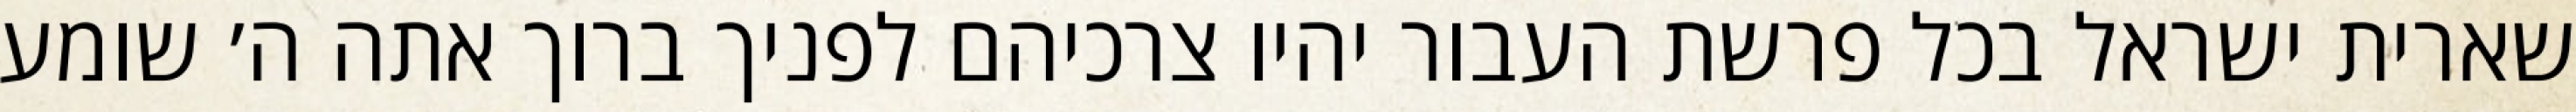
שארית ישראל בכל פרשת העבור יהיו צרכיהם לפניך ברוך אתה ה׳ שומע